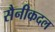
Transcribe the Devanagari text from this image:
सैनीकदल